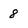
Character: 8